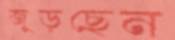
জুড়ছেন